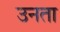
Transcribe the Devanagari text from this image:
उनता